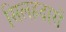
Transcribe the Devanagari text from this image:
सिलहदारों